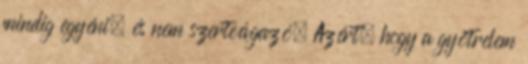
mindig egyéni, és nem szerteágazó. Azért, hogy a gyötrelem